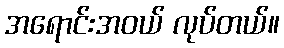
အရောင်းအဝယ် လုပ်တယ်။